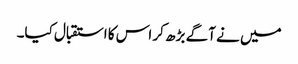
میں نے آگے بڑھ کر اس کا استقبال کیا۔